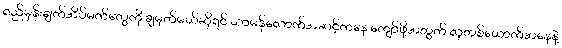
ရည်မှန်းချက်အိပ်မက်တွေကို ချမှတ်မယ်ဆိုရင် သာမန်လောက်အဆင့်ကနေ ကျော်ဖို့အတွက် လူတစ်ယောက်အနေနဲ့